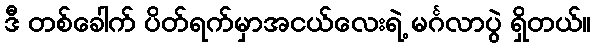
ဒီ တစ်ခေါက် ပိတ်ရက်မှာအငယ်လေးရဲ့ မင်္ဂလာပွဲ ရှိတယ်။